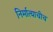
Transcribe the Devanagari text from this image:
निर्मात्याचीच